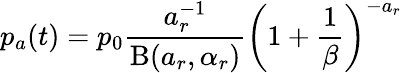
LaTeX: p_{a}(t)=p_{0}\frac{a_{r}^{-1}}{\mathrm{B}(a_{r},\alpha_{r})}\left(1+\frac{1}{\beta}\right)^{-a_{r}}